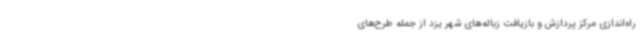
راه‌اندازی مرکز پردازش و بازیافت زباله‌های شهر یزد از جمله طرح‌های